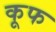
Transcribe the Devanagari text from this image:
कूफ